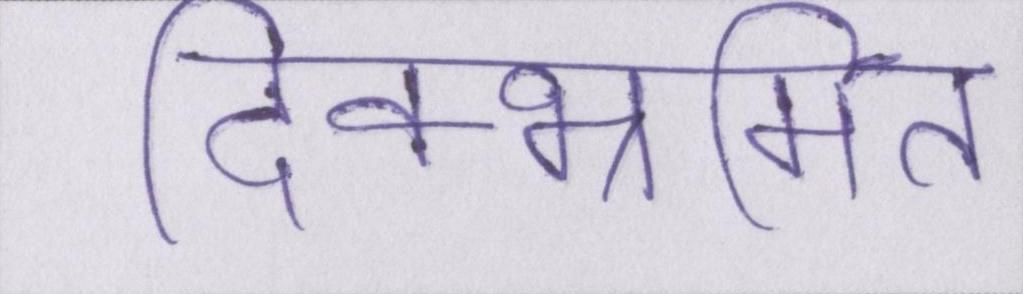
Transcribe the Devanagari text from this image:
दिक्भ्रमित